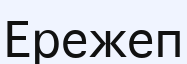
Ережеп